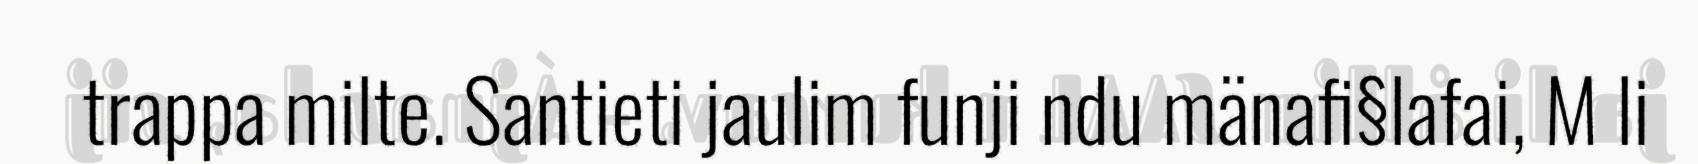
trappa milte. Santieti jaulim funji ndu mänafi§lafai, M li